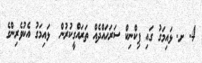
4. ށ. ޅައިމަގު ގައި ޕިކްނިކް ސަރަހައްދެއް ތަރައްގީކުރުން  ޅައިމަގު އެކުވެރިންގެ